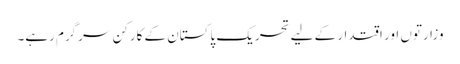
وزارتوں اور اقتدار کے لیے تحریکِ پاکستان کے کارکن سرگرم رہے۔